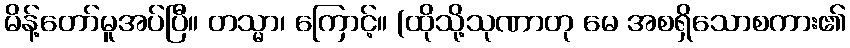
မိန့်တော်မူအပ်ပြီ။ တသ္မာ၊ ကြောင့်။ (ထိုသို့သုဏာတု မေ အစရှိသောစကား၏